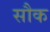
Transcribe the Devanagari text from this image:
सौक